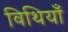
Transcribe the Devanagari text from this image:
विथियाँ